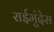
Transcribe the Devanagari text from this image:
राईमुंदेस